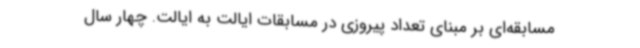
مسابقه‌ای بر مبنای تعداد پیروزی در مسابقات ایالت به ایالت. چهار سال